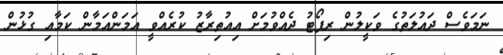
ނަމަވެސް ދައުލަތުގެ ވަކީލުން ރިޕޯޓު ދެއްވުމަށް އިއުތިރާޒު ކުރެއްވީ އަމަންއަމާން ކަމާއި ގުޅުން